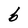
Character: b